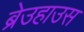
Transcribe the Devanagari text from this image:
ब्रेउहाउस